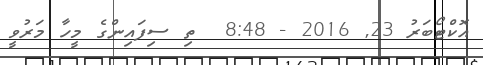
އޮކްޓޯބަރު 23